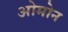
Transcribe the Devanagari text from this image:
ओमोन